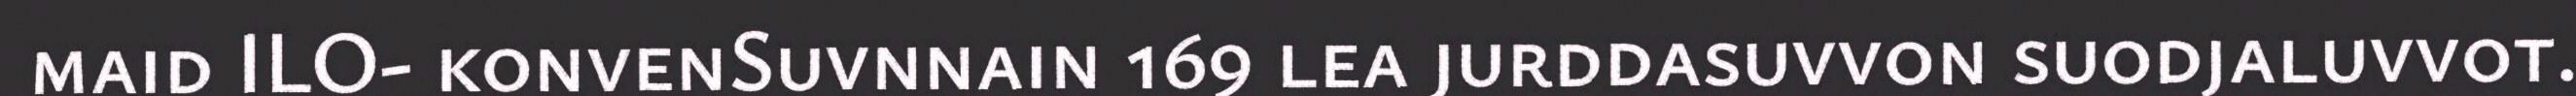
maid ILO- konvenSuvnnain 169 lea jurddasuvvon suodjaluvvot.